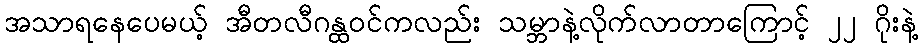
အသာရနေပေမယ့် အီတလီဂန္ထဝင်ကလည်း သမ္ဘာနဲ့လိုက်လာတာကြောင့် ၂၂ ဂိုးနဲ့